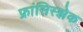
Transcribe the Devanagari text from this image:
फ्रांसिस्झेक